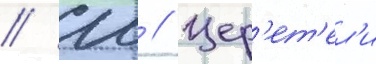
// Ш // Цер'ет'ел'и